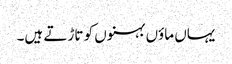
یہاں ماؤں بہنوں کو تاڑتے ہیں۔